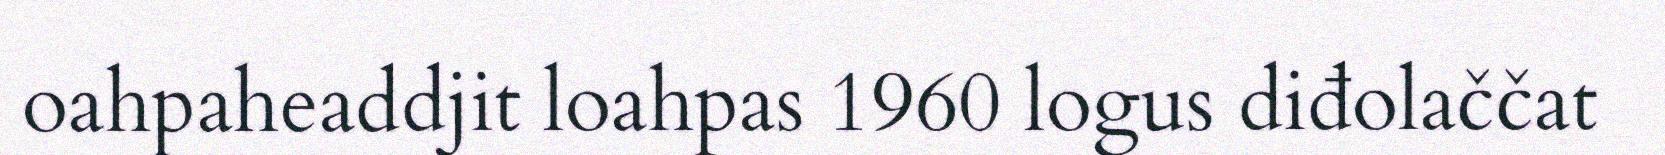
oahpaheaddjit loahpas 1960 logus diđolaččat